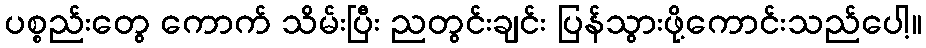
ပစ္စည်းတွေ ကောက် သိမ်းပြီး ညတွင်းချင်း ပြန်သွားဖို့ကောင်းသည်ပေါ့။